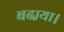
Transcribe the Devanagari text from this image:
बढा़या।